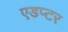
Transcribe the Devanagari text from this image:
एडप्टर